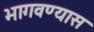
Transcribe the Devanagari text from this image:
भागवण्यास